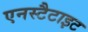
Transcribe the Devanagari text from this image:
एनस्टैटाइट